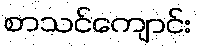
စာသင်ကျောင်း